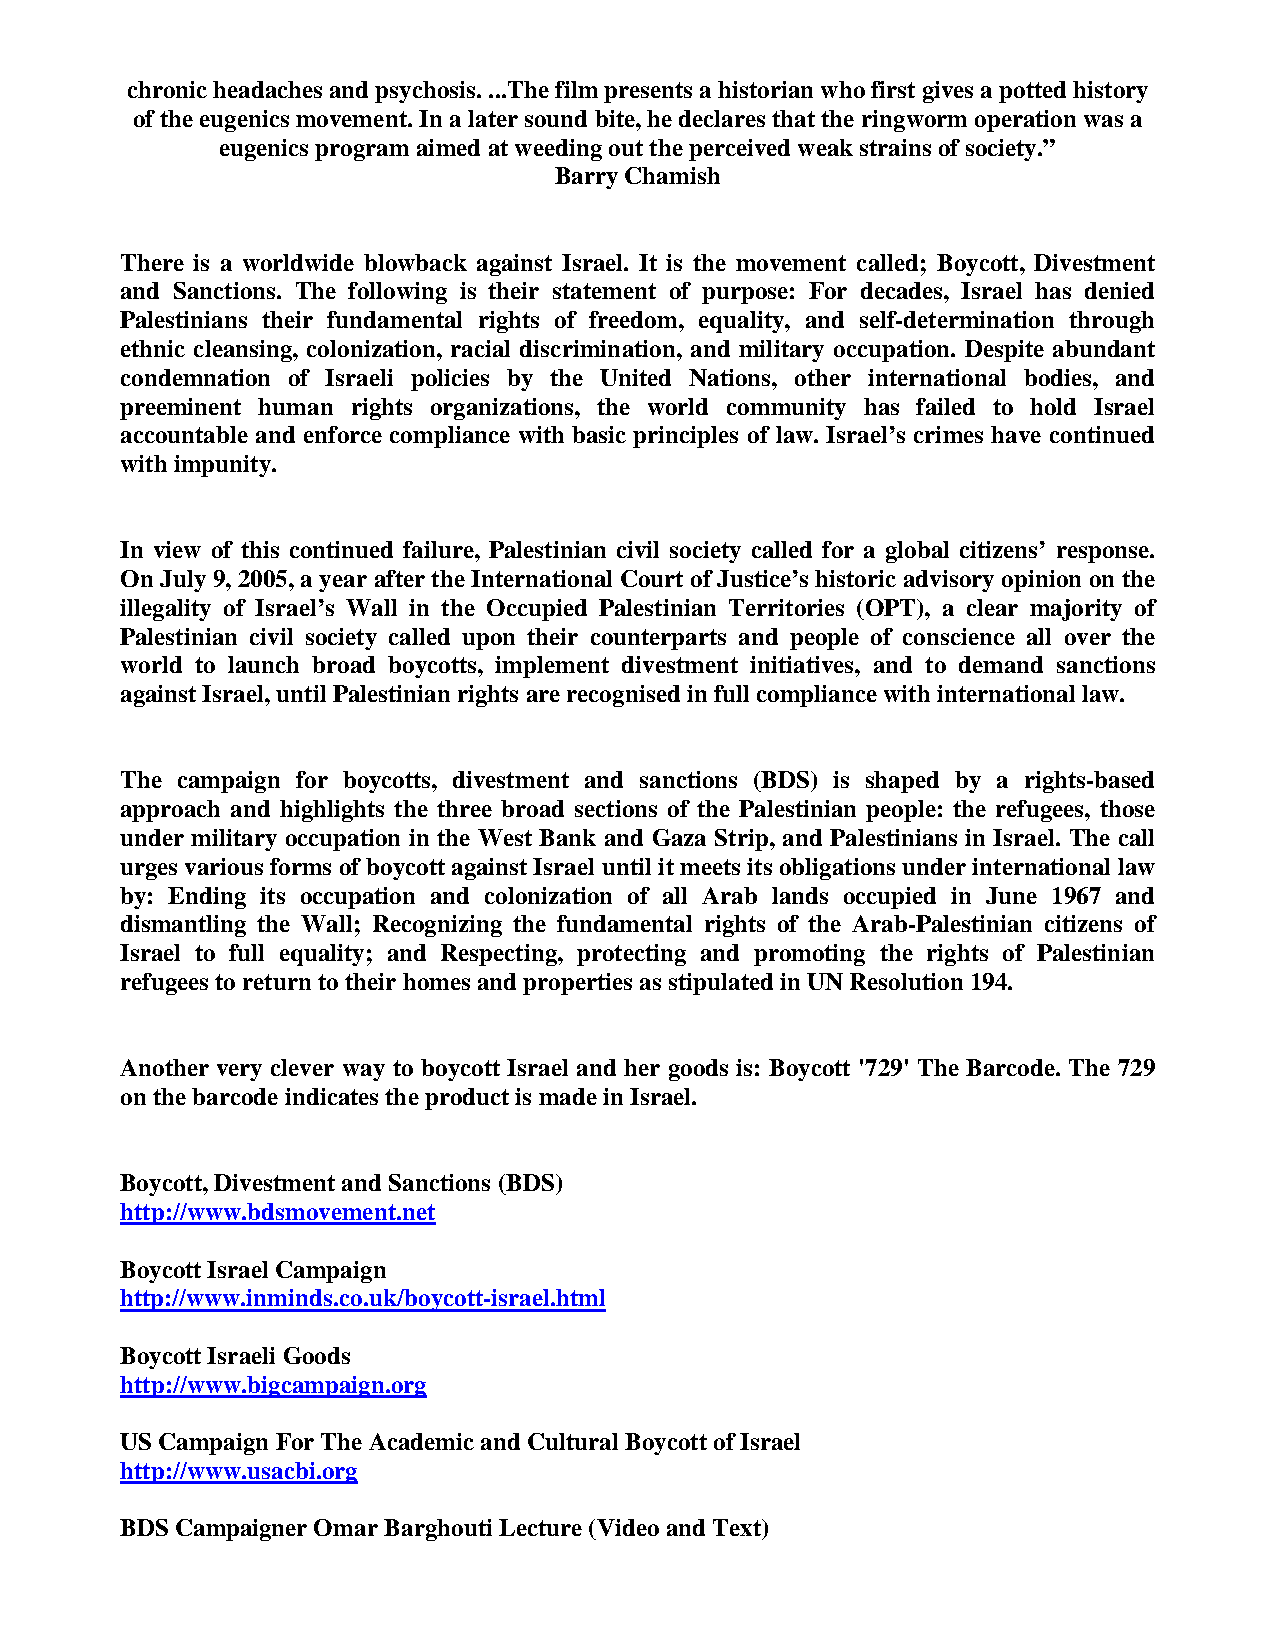
chronic headaches and psychosis. ...The film presents a historian who first gives a potted history
 of the eugenics movement. In a later sound bite, he declares that the ringworm operation was a
 eugenics program aimed at weeding out the perceived weak strains of society.”
 Barry Chamish
 There is a worldwide blowback against Israel. It is the movement called; Boycott, Divestment
 and Sanctions. The following is their statement of purpose: For decades, Israel has denied
 Palestinians their fundamental rights of freedom, equality, and self-determination through
 ethnic cleansing, colonization, racial discrimination, and military occupation. Despite abundant
 condemnation of Israeli policies by the United Nations, other international bodies, and
 preeminent human rights organizations, the world community has failed to hold Israel
 accountable and enforce compliance with basic principles of law. Israel’s crimes have continued
 with impunity.
 In view of this continued failure, Palestinian civil society called for a global citizens’ response.
 On July 9, 2005, a year after the International Court of Justice’s historic advisory opinion on the
 illegality of Israel’s Wall in the Occupied Palestinian Territories (OPT), a clear majority of
 Palestinian civil society called upon their counterparts and people of conscience all over the
 world to launch broad boycotts, implement divestment initiatives, and to demand sanctions
 against Israel, until Palestinian rights are recognised in full compliance with international law.
 The campaign for boycotts, divestment and sanctions (BDS) is shaped by a rights-based
 approach and highlights the three broad sections of the Palestinian people: the refugees, those
 under military occupation in the West Bank and Gaza Strip, and Palestinians in Israel. The call
 urges various forms of boycott against Israel until it meets its obligations under international law
 by: Ending its occupation and colonization of all Arab lands occupied in June 1967 and
 dismantling the Wall; Recognizing the fundamental rights of the Arab-Palestinian citizens of
 Israel to full equality; and Respecting, protecting and promoting the rights of Palestinian
 refugees to return to their homes and properties as stipulated in UN Resolution 194.
 Another very clever way to boycott Israel and her goods is: Boycott '729' The Barcode. The 729
 on the barcode indicates the product is made in Israel.
 Boycott, Divestment and Sanctions (BDS)
 http://www.bdsmovement.net
 Boycott Israel Campaign
 http://www.inminds.co.uk/boycott-israel.html
 Boycott Israeli Goods
 http://www.bigcampaign.org
 US Campaign For The Academic and Cultural Boycott of Israel
 http://www.usacbi.org
 BDS Campaigner Omar Barghouti Lecture (Video and Text)